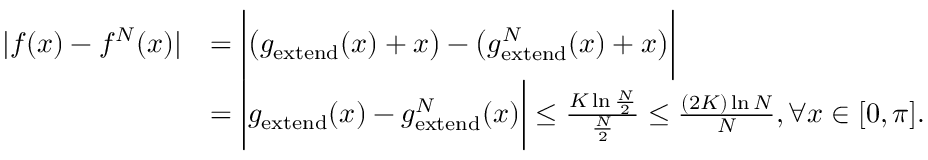
\begin{array} { r l } { | f ( x ) - f ^ { N } ( x ) | } & { = \bigg | \big ( g _ { \mathrm { e x t e n d } } ( x ) + x \big ) - \big ( g _ { \mathrm { e x t e n d } } ^ { N } ( x ) + x \big ) \bigg | } \\ & { = \bigg | g _ { \mathrm { e x t e n d } } ( x ) - g _ { \mathrm { e x t e n d } } ^ { N } ( x ) \bigg | \leq \frac { K \ln \frac { N } { 2 } } { { \frac { N } { 2 } } } \leq \frac { ( 2 K ) \ln N } { N } , \forall x \in [ 0 , \pi ] . } \end{array}